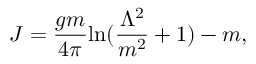
J = \frac { g m } { 4 \pi } \mathrm { l n } ( \frac { \Lambda ^ { 2 } } { m ^ { 2 } } + 1 ) - m ,